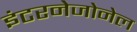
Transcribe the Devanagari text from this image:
इंटरनेजोनेल